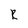
Character: R